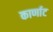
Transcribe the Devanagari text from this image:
कार्णाट